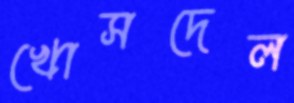
খোসদেল